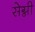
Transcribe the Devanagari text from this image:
सेग्नी